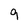
Character: 9